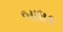
બાધક